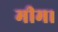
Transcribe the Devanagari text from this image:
मीम।